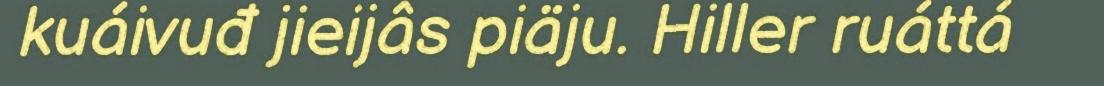
kuáivuđ jieijâs piäju. Hiller ruáttá